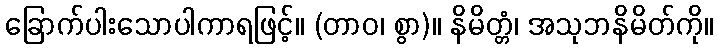
ခြောက်ပါးသောပါကာရဖြင့်။ (တာဝ၊ စွာ)။ နိမိတ္တံ၊ အသုဘနိမိတ်ကို။